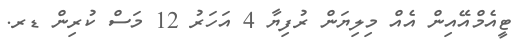
ޓީއެމްއޭއިން އެއް މިލިޔަން ރުފިޔާ 4 އަހަރު 12 މަސް ކުރިން ޑރ.